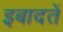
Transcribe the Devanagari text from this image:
इबादतें